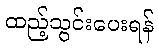
ထည့်သွင်းပေးရန်